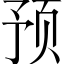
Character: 预